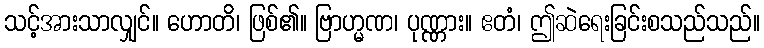
သင့်အားသာလျှင်။ ဟောတိ၊ ဖြစ်၏။ ဗြာဟ္မဏ၊ ပုဏ္ဏား။ ဧတံ၊ ဤဆဲရေးခြင်းစသည်သည်။